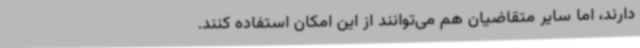
دارند، اما سایر متقاضیان هم می‌توانند از این امکان استفاده کنند.